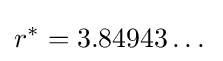
r^{*}=3.84943\dots